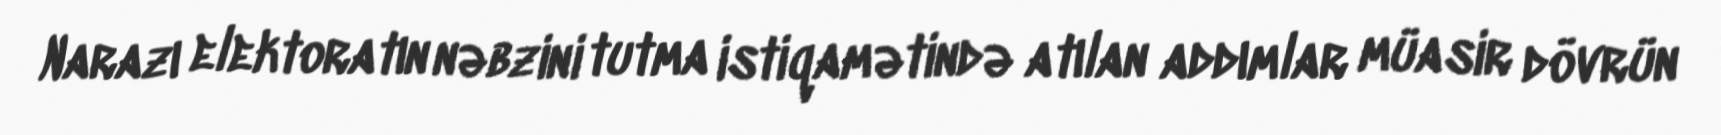
Narazı elektoratın nəbzini tutma istiqamətində atılan addımlar müasir dövrün